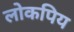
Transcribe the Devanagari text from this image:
लोकपिय